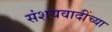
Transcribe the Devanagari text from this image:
संशयवादींच्या